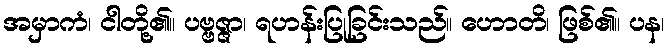
အမှာကံ၊ ငါတို့၏။ ပဗ္ဗဇ္ဇာ၊ ရဟန်းပြုခြင်းသည်။ ဟောတိ၊ ဖြစ်၏။ ပန၊